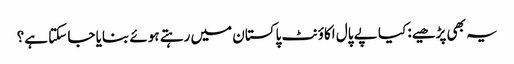
یہ بھی پڑھیے: کیا پے پال اکاؤنٹ پاکستان میں رہتے ہوئے بنایا جا سکتا ہے؟